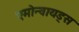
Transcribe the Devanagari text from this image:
एमोन्वायड्स